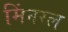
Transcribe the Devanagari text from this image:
मिंनरल